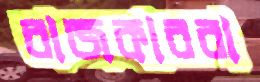
রাজকাররা